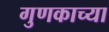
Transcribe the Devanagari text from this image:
गुणकाच्या